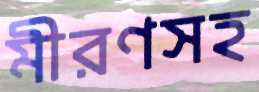
মীরণসহ